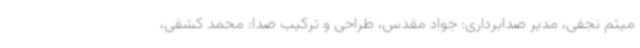
میثم نجفی، مدیر صدابرداری: جواد مقدس، طراحی و ترکیب صدا: محمد کشفی،